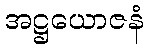
အဋ္ဌယောဇနံ